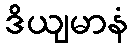
ဒိယျမာနံ